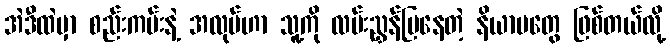
အဲဒီထဲမှာ စည်းကမ်းနဲ့ အလုပ်ဟာ သူ့ကို လမ်းညွှန်ပြနေတဲ့ နိယာမတွေ ဖြစ်တယ်လို့